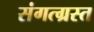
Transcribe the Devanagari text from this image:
संगत्ग्रस्त